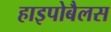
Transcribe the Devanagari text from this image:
हाइपोबैलस